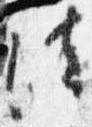
法